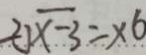
2 \sqrt { x - 3 } = x 6